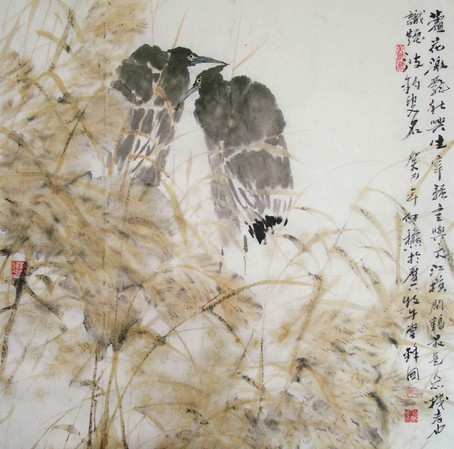
龟游莲叶上，鸟宿芦花里。